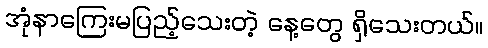
အုံနာကြေးမပြည့်သေးတဲ့ နေ့တွေ ရှိသေးတယ်။